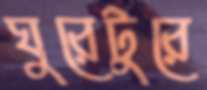
ঘুরেটুরে